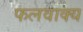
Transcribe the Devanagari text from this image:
फलवाक्य